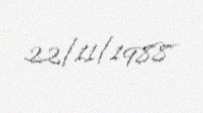
22/11/1988